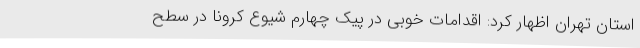
استان تهران اظهار کرد: اقدامات خوبی در پیک چهارم شیوع کرونا در سطح